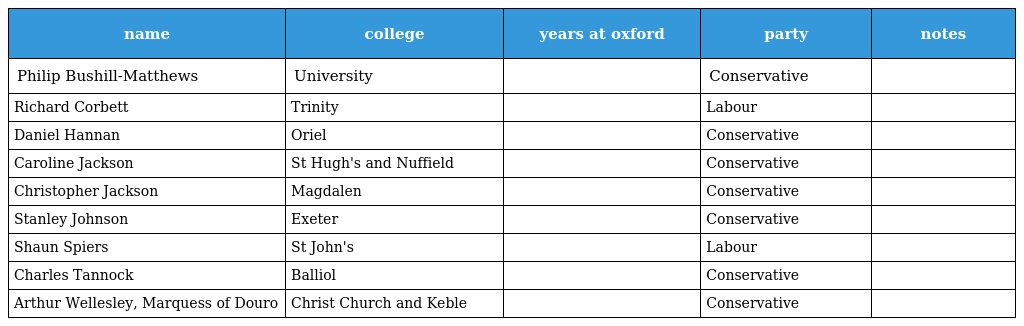
| name | college | years at oxford | party | notes |
 | --- | --- | --- | --- | --- |
 | Philip Bushill-Matthews | University |  | Conservative |  |
 | Richard Corbett | Trinity |  | Labour |  |
 | Daniel Hannan | Oriel |  | Conservative |  |
 | Caroline Jackson | St Hugh's and Nuffield |  | Conservative |  |
 | Christopher Jackson | Magdalen |  | Conservative |  |
 | Stanley Johnson | Exeter |  | Conservative |  |
 | Shaun Spiers | St John's |  | Labour |  |
 | Charles Tannock | Balliol |  | Conservative |  |
 | Arthur Wellesley, Marquess of Douro | Christ Church and Keble |  | Conservative |  |